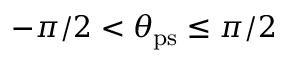
- \pi / 2 < \theta _ { \mathrm { p s } } \le \pi / 2